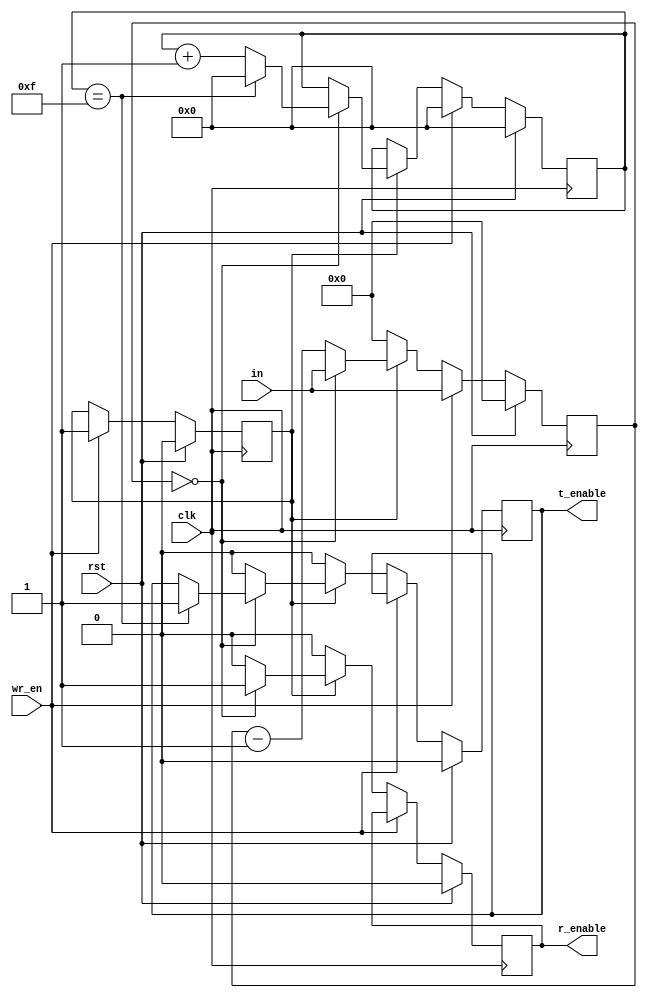
// wr_en : goes high once the baud rate generator register is loaded with appropriate value and goes low in next cycle

module downcounter_16(rst, clk, wr_en, in, r_enable, t_enable);
input rst, clk, wr_en;
input [15:0]in;
output reg r_enable, t_enable;

reg rdy;
reg [15:0]shift_reg;
reg [4:0]count;

always@(posedge clk) begin
	if (rst) begin
		shift_reg <= 0;
		r_enable <= 0;
		t_enable <= 0;
		rdy <= 1'b0;
		count <= 5'b00000;
	end

	else begin
		if (wr_en) begin
			shift_reg <= in;
			count <= 0;
			rdy <= 1'b1;
		end

		else begin
			if(rdy) begin
				if (shift_reg == 0) begin
					r_enable <= 1'b1;
					count <= count + 1;
					if(count == 5'b01111) begin
						count <= 0;
						t_enable <= 1'b1;
					end
					shift_reg <= in;
				end
				else begin
					shift_reg <= shift_reg - 1;
					r_enable <= 0;
					t_enable <= 0;
				end
			end
			else begin
				t_enable <= 1'b0;
				shift_reg <= 1'b0;
				r_enable <= 1'b0;
			end
		end
	end
end
endmodule